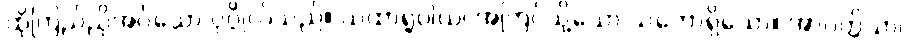
ထိုကြည်ညိုအပ်သော ပုဂ္ဂိုလ်သည်။ ယထာရူပါယ၊ အကြင်သို့သော သဘောရှိသော။ အာပတ္တိယာ၊